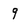
Character: 9